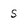
Character: S